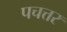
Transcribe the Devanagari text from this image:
पचत्तर